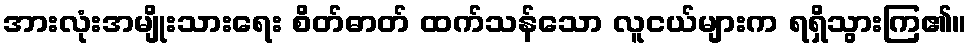
အားလုံးအမျိုးသားရေး စိတ်ဓာတ် ထက်သန်သော လူငယ်များက ရရှိသွားကြ၏။